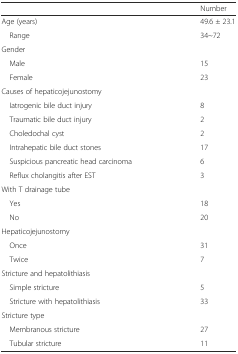
|  | Number |
 | --- | --- |
 | Age (years) | 49.6 ± 23.1 |
 | Range | 34~72 |
 | Gender |  |
 | Male | 15 |
 | Female | 23 |
 | Causes of hepaticojejunostomy |  |
 | Iatrogenic bile duct injury | 8 |
 | Traumatic bile duct injury | 2 |
 | Choledochal cyst | 2 |
 | Intrahepatic bile duct stones | 17 |
 | Suspicious pancreatic head carcinoma | 6 |
 | Reflux cholangitis after EST | 3 |
 | With T drainage tube |  |
 | Yes | 18 |
 | No | 20 |
 | Hepaticojejunostomy |  |
 | Once | 31 |
 | Twice | 7 |
 | Stricture and hepatolithiasis |  |
 | Simple stricture | 5 |
 | Stricture with hepatolithiasis | 33 |
 | Stricture type |  |
 | Membranous stricture | 27 |
 | Tubular stricture | 11 |